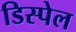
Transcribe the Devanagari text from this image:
डिस्पेल